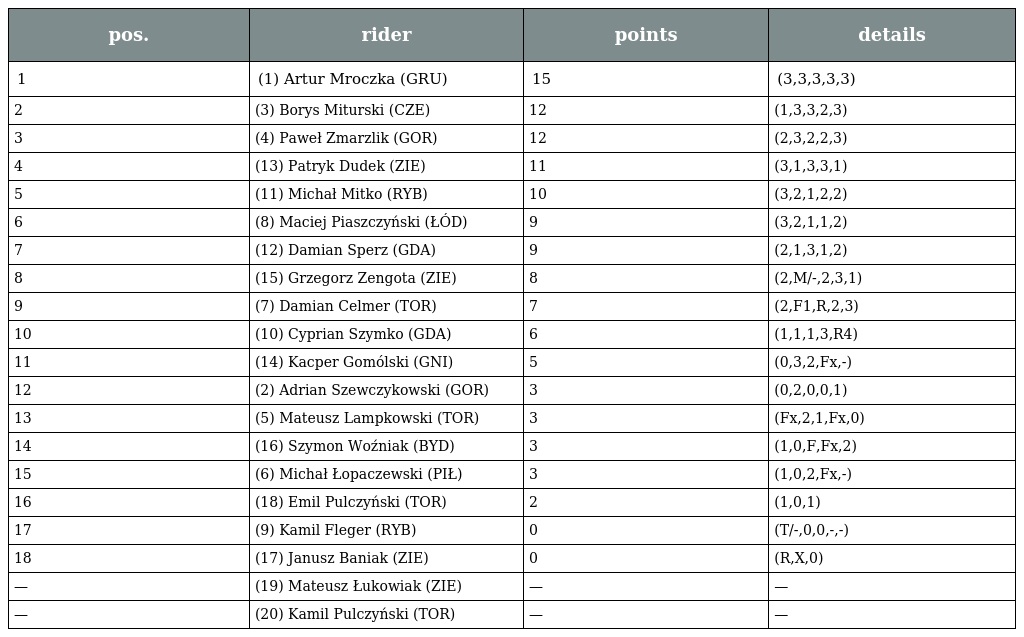
| pos. | rider | points | details |
 | --- | --- | --- | --- |
 | 1 | (1) Artur Mroczka (GRU) | 15 | (3,3,3,3,3) |
 | 2 | (3) Borys Miturski (CZE) | 12 | (1,3,3,2,3) |
 | 3 | (4) Paweł Zmarzlik (GOR) | 12 | (2,3,2,2,3) |
 | 4 | (13) Patryk Dudek (ZIE) | 11 | (3,1,3,3,1) |
 | 5 | (11) Michał Mitko (RYB) | 10 | (3,2,1,2,2) |
 | 6 | (8) Maciej Piaszczyński (ŁÓD) | 9 | (3,2,1,1,2) |
 | 7 | (12) Damian Sperz (GDA) | 9 | (2,1,3,1,2) |
 | 8 | (15) Grzegorz Zengota (ZIE) | 8 | (2,M/-,2,3,1) |
 | 9 | (7) Damian Celmer (TOR) | 7 | (2,F1,R,2,3) |
 | 10 | (10) Cyprian Szymko (GDA) | 6 | (1,1,1,3,R4) |
 | 11 | (14) Kacper Gomólski (GNI) | 5 | (0,3,2,Fx,-) |
 | 12 | (2) Adrian Szewczykowski (GOR) | 3 | (0,2,0,0,1) |
 | 13 | (5) Mateusz Lampkowski (TOR) | 3 | (Fx,2,1,Fx,0) |
 | 14 | (16) Szymon Woźniak (BYD) | 3 | (1,0,F,Fx,2) |
 | 15 | (6) Michał Łopaczewski (PIŁ) | 3 | (1,0,2,Fx,-) |
 | 16 | (18) Emil Pulczyński (TOR) | 2 | (1,0,1) |
 | 17 | (9) Kamil Fleger (RYB) | 0 | (T/-,0,0,-,-) |
 | 18 | (17) Janusz Baniak (ZIE) | 0 | (R,X,0) |
 | — | (19) Mateusz Łukowiak (ZIE) | — | — |
 | — | (20) Kamil Pulczyński (TOR) | — | — |